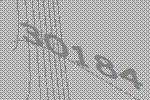
30184